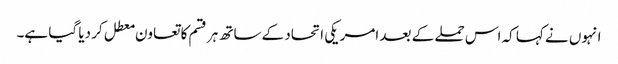
انہوں نے کہا کہ اس حملے کے بعد امریکی اتحاد کے ساتھ ہر قسم کا تعاون معطل کر دیا گیا ہے۔